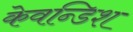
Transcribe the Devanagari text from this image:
केवन्डिश